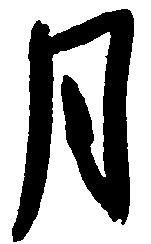
月